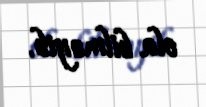
ola bilməyib.